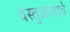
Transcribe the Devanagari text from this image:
वस्तुजाताचे